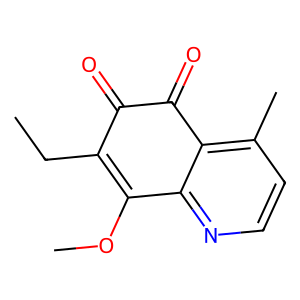
SMILES: CCC1=C(OC)c2nccc(C)c2C(=O)C1=O
Inhibits HIV replication: No